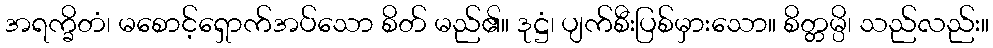
အရက္ခိတံ၊ မစောင့်ရှောက်အပ်သော စိတ် မည်၏။ ဒုဋ္ဌံ၊ ပျက်စီးပြစ်မှားသော။ စိတ္တမ္ပိ၊ သည်လည်း။